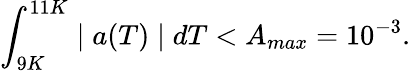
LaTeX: \int_{9K}^{11K}\mid a(T)\mid dT<A_{max}=10^{-3}.